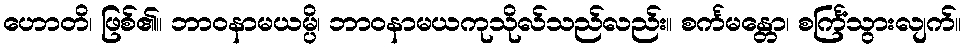
ဟောတိ၊ ဖြစ်၏။ ဘာဝနာမယမ္ပိ၊ ဘာဝနာမယကုသိုလ်သည်လည်း။ စင်္ကမန္တော၊ စင်္ကြံသွားလျက်။